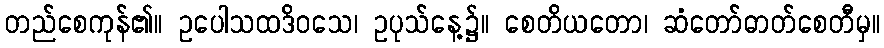
တည်စေကုန်၏။ ဥပေါသထဒိဝသေ၊ ဥပုသ်နေ့၌။ စေတိယတော၊ ဆံတော်ဓာတ်စေတီမှ။